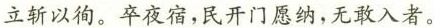
立斩以徇。卒夜宿，民开门愿纳，无敢入者。